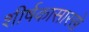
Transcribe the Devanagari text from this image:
शीर्षकासारखे